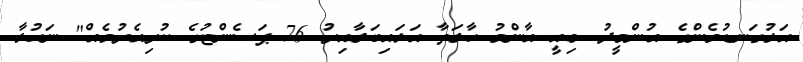
އަޅުގަނޑުމެންގެ އުންމީދު. މިއީ އާންމު ހާލަތާ އަޅައިބަލާއިރު 76 ޕަސެންޓުގެ ކުރިއެރުމެއް" ނަހުލާ